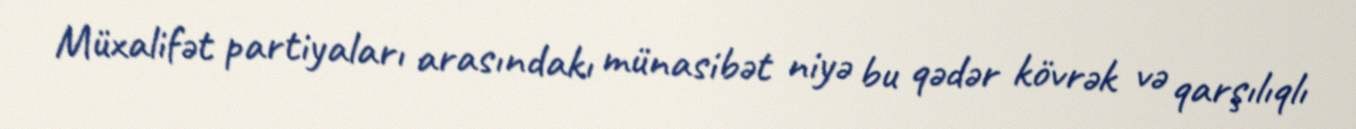
Müxalifət partiyaları arasındakı münasibət niyə bu qədər kövrək və qarşılıqlı